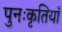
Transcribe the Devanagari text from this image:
पुनःकृतियाँ